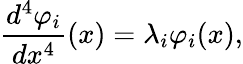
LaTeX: \frac{d^{4}\varphi_{i}}{dx^{4}}(x)=\lambda_{i}\varphi_{i}(x),